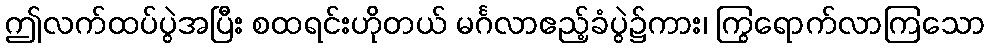
ဤလက်ထပ်ပွဲအပြီး စထရင်းဟိုတယ် မင်္ဂလာဧည့်ခံပွဲ၌ကား၊ ကြွရောက်လာကြသော